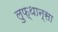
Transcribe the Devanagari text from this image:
लुफ्थान्सा